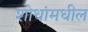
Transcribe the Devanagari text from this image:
शोधांमधील